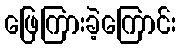
ဖြေကြားခဲ့ကြောင်း